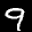
Label: 9